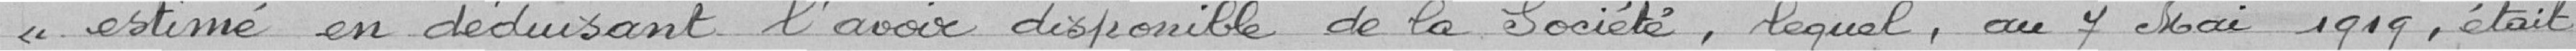
« estimé en déduisant l'avoir disponible de la Société, lequel, au 7 mai 1919, était